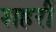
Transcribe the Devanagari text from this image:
शहरीं